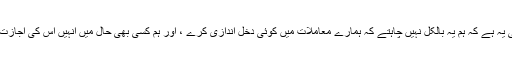
ہمارى پریشانى یہ ہے کہ ہم یہ بالکل نہیں چاہتے کہ ہمارے معاملات میں کوئى دخل اندازى کرے ، اور ہم کسى بهى حال میں انہیں اس کى اجازت نہیں دیں گے۔